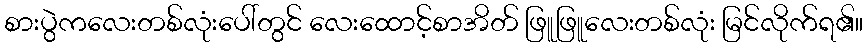
စားပွဲကလေးတစ်လုံးပေါ်တွင် လေးထောင့်စာအိတ် ဖြူဖြူလေးတစ်လုံး မြင်လိုက်ရ၏။